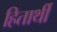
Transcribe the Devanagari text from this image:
हितार्थी